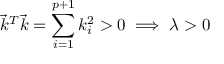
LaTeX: { \overrightarrow { k } } ^ { T } { \overrightarrow { k } } = \sum _ { i = 1 } ^ { p + 1 } k _ { i } ^ { 2 } > 0 \implies \lambda > 0